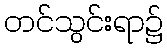
တင်သွင်းရာ၌